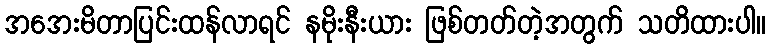
အအေးမိတာပြင်းထန်လာရင် နမိုးနီးယား ဖြစ်တတ်တဲ့အတွက် သတိထားပါ။